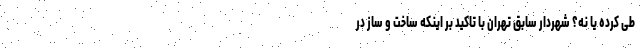
طی کرده یا نه؟ شهردار سابق تهران با تاکید بر اینکه ساخت و ساز در